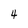
Character: 4